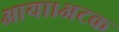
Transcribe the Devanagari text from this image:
आया।अटक